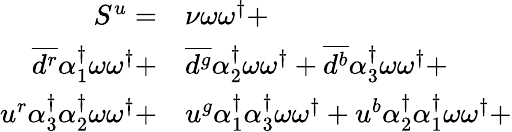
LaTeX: \begin{array}{rl}{S^{u}=}&{{}{\nu}\omega\omega^{\dagger}+}\\ {\overline{{d^{r}}}{\alpha_{1}^{\dagger}}\omega\omega^{\dagger}+}&{{}\overline{{d^{g}}}{\alpha_{2}^{\dagger}}\omega\omega^{\dagger}+\overline{{d^{b}}}{\alpha_{3}^{\dagger}}\omega\omega^{\dagger}+}\\ {u^{r}{\alpha_{3}^{\dagger}}{\alpha_{2}^{\dagger}}\omega\omega^{\dagger}+}&{{}u^{g}{\alpha_{1}^{\dagger}}{\alpha_{3}^{\dagger}}\omega\omega^{\dagger}+u^{b}{\alpha_{2}^{\dagger}}{\alpha_{1}^{\dagger}}\omega\omega^{\dagger}+}\end{array}